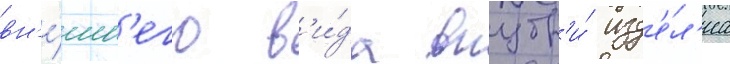
вн'е́шн'его в'и́да внутр'и́ изд'е́л'иа